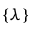
\{ \lambda \}